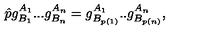
\hat { p } g _ { B _ { 1 } } ^ { A _ { 1 } } . . . g _ { B _ { n } } ^ { A _ { n } } = g _ { B _ { p ( 1 ) } } ^ { A _ { 1 } } . . g _ { B _ { p ( n ) } } ^ { A _ { n } } ,